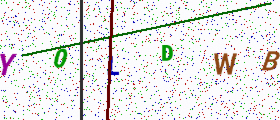
Text: Y0LDWB